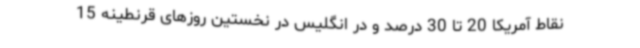
نقاط آمریکا 20 تا 30 درصد و در انگلیس در نخستین روزهای قرنطینه 15